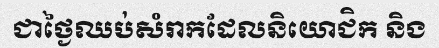
ជាថ្ងៃឈប់សំរាកដែលនិយោជិក និង